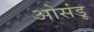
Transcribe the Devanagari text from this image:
ओसंडू